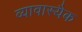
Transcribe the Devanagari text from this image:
व्यावास्यैक